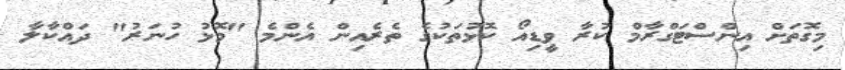
މިގޮތަށް އިންސްޓަގްރާމް ކުރާ ވީޑިއޯ ކޮޅުތަކުގެ ތެރެއިން އެންމެ "މޮޅު ހުނަރު" ދައްކާލާ